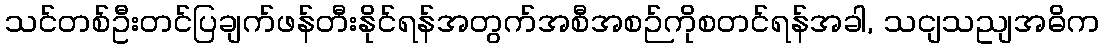
သင်တစ်ဦးတင်ပြချက်ဖန်တီးနိုင်ရန်အတွက်အစီအစဉ်ကိုစတင်ရန်အခါ, သငျသညျအဓိက